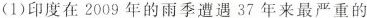
(1)印度在2009年的雨季遭遇37年来最严重的